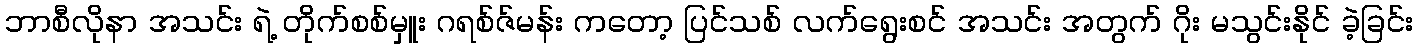
ဘာစီလိုနာ အသင်း ရဲ့ တိုက်စစ်မှူး ဂရစ်ဇ်မန်း ကတော့ ပြင်သစ် လက်ရွေးစင် အသင်း အတွက် ဂိုး မသွင်းနိုင် ခဲ့ခြင်း